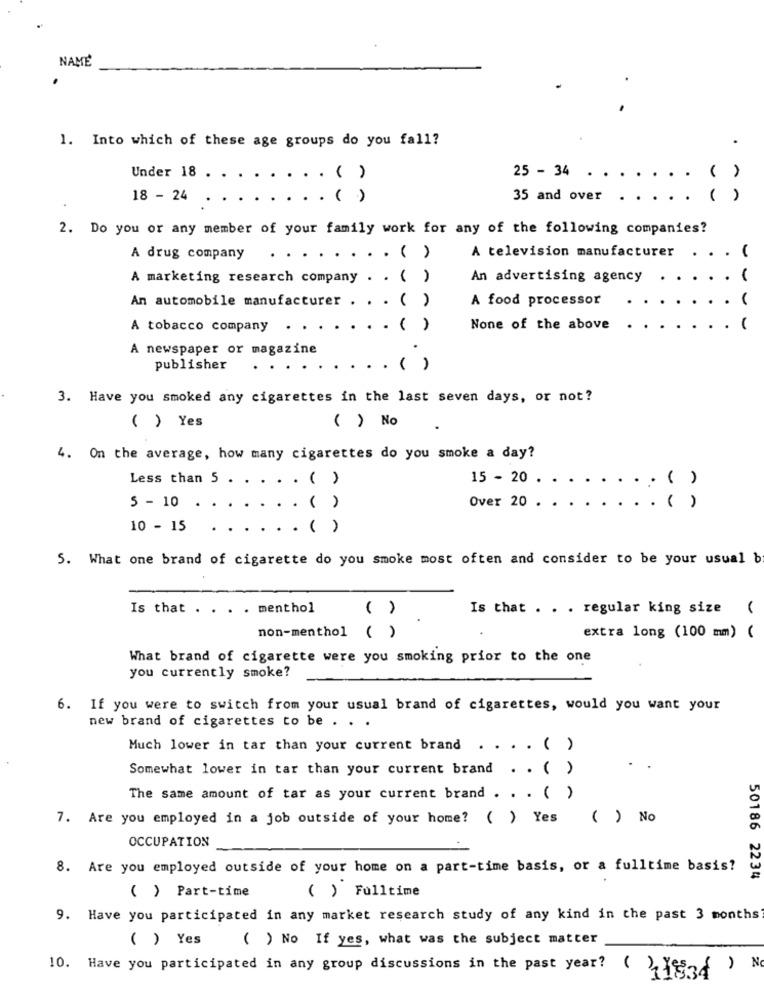
NAME
1. Into which of these age groups do you fall?
Under 18
25 - 34
( )
. . ( )
18 - 24
. . ( )
35 and over
.
2. Do you or any member of your family work for any of the following companies?
A television manufacturer
A drug company
.... ( )
-
A marketing research company . . ( )
An advertising agency
An automobile manufacturer . . . ( )
A food processor
A tobacco company
. .
... ( )
None of the above
A newspaper or magazine
publisher
..
. .. ( )
3. Have you smoked any cigarettes in the last seven days, or not?
( ) Yes
( ) No
4. On the average, how many cigarettes do you smoke a day?
Less than 5 . . . . . ( )
15 - 20 .
( )
5 - 10
Over 20 .
( )
... ( )
10 - 15
.... ( )
5. What one brand of cigarette do you smoke most often and consider to be your usual b
Is that . . . . menthol
( )
Is that . . . regular king size (
non-menthol ( )
extra long (100 mm) (
What brand of cigarette were you smoking prior to the one
you currently smoke?
6. If you were to switch from your usual brand of cigarettes, would you want your
new brand of cigarettes to be .
Much lower in tar than your current brand . . . . ( )
Somewhat lower in tar than your current brand . . ( )
The same amount of tar as your current brand . . . ( )
7. Are you employed in a job outside of your home? ( ) Yes
( ) No
OCCUPATION
8. Are you employed outside of your home on a part-time basis, or a fulltime basis?
50186 2234
( ) Fulltime
( ) Part-time
9. Have you participated in any market research study of any kind in the past 3 months
( ) Yes
( ) No If yes, what was the subject matter
10. Have you participated in any group discussions in the past year?
No